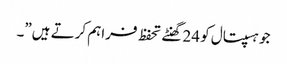
جو ہسپتال کو 24 گھنٹے تحفظ فراہم کرتے ہیں”۔